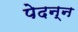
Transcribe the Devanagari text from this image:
पेदन्न